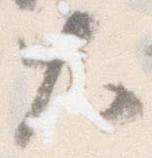
大